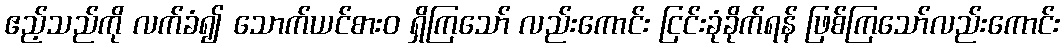
ဧည့်သည်ကို လက်ခံ၍ သောက်ယင်စားဝ ရှိကြသော် လည်းကောင်း ငြင်းခုံခိုက်ရန် ဖြစ်ကြသော်လည်းကောင်း